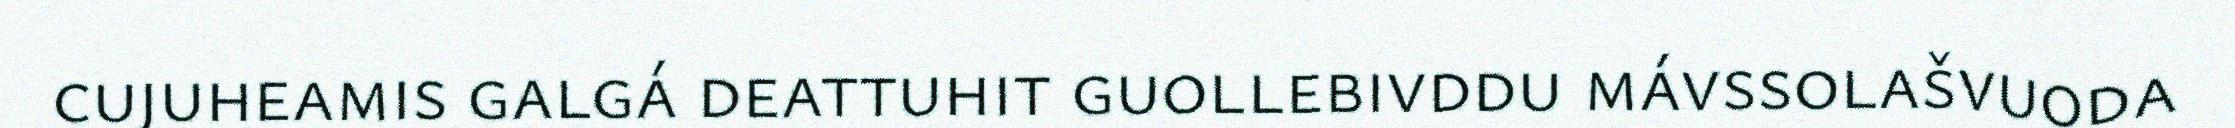
cujuheamis galgá deattuhit guollebivddu mávssolašvuoda